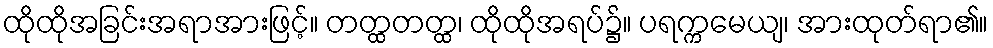
ထိုထိုအခြင်းအရာအားဖြင့်။ တတ္ထတတ္ထ၊ ထိုထိုအရပ်၌။ ပရက္ကမေယျ၊ အားထုတ်ရာ၏။